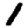
Digit: 1